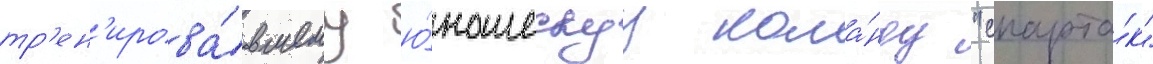
тр'ен'ирова́вшему ю́ношескуу кома́нду "спарта́к"